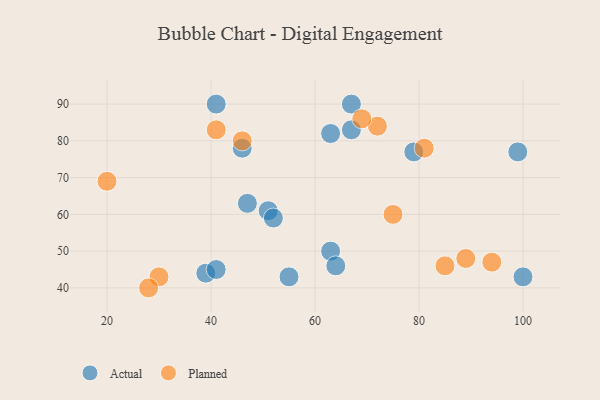
{"axis": {"x": "GDP", "y": "Life Expectancy"}, "legend": ["Actual", "Planned"], "data": [{"x": "100", "y": 43, "type": "Actual"}, {"x": "63", "y": 50, "type": "Actual"}, {"x": "79", "y": 77, "type": "Actual"}, {"x": "51", "y": 61, "type": "Actual"}, {"x": "63", "y": 82, "type": "Actual"}, {"x": "41", "y": 90, "type": "Actual"}, {"x": "47", "y": 63, "type": "Actual"}, {"x": "67", "y": 90, "type": "Actual"}, {"x": "52", "y": 59, "type": "Actual"}, {"x": "99", "y": 77, "type": "Actual"}, {"x": "64", "y": 46, "type": "Actual"}, {"x": "67", "y": 83, "type": "Actual"}, {"x": "39", "y": 44, "type": "Actual"}, {"x": "46", "y": 78, "type": "Actual"}, {"x": "41", "y": 45, "type": "Actual"}, {"x": "55", "y": 43, "type": "Actual"}, {"x": "81", "y": 78, "type": "Planned"}, {"x": "72", "y": 84, "type": "Planned"}, {"x": "89", "y": 48, "type": "Planned"}, {"x": "30", "y": 43, "type": "Planned"}, {"x": "46", "y": 80, "type": "Planned"}, {"x": "41", "y": 83, "type": "Planned"}, {"x": "20", "y": 69, "type": "Planned"}, {"x": "28", "y": 40, "type": "Planned"}, {"x": "85", "y": 46, "type": "Planned"}, {"x": "94", "y": 47, "type": "Planned"}, {"x": "69", "y": 86, "type": "Planned"}, {"x": "75", "y": 60, "type": "Planned"}]}